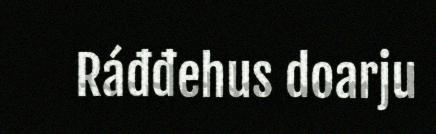
Ráđđehus doarju